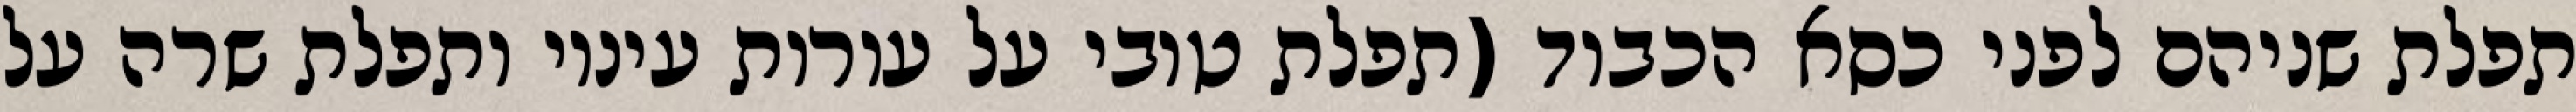
תפלת שניהם לפני כסא הכבוד (תפלת טובי על עורות עיניו ותפלת שרה על